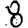
Digit: 8